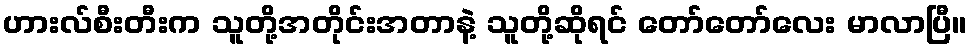
ဟားလ်စီးတီးက သူတို့အတိုင်းအတာနဲ့ သူတို့ဆိုရင် တော်တော်လေး မာလာပြီ။